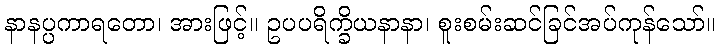
နာနပ္ပကာရတော၊ အားဖြင့်။ ဥပပရိက္ခိယနာနာ၊ စူးစမ်းဆင်ခြင်အပ်ကုန်သော်။